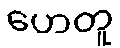
ဟေတူ